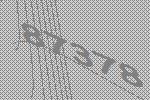
87378